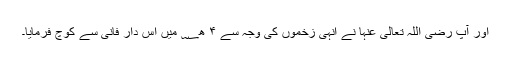
اور آپ رضی اللہ تعالیٰ عنہا نے انہی زخموں کی وجہ سے ۴ ھ؁ میں اس دارِ فانی سے کوچ فرمایا۔